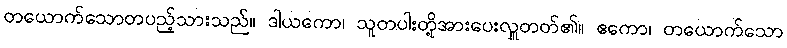
တယောက်သောတပည့်သားသည်။ ဒါယကော၊ သူတပါးတို့အားပေးလှူတတ်၏။ ဧကော၊ တယောက်သော